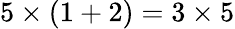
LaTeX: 5\times(1+2)=3\times 5